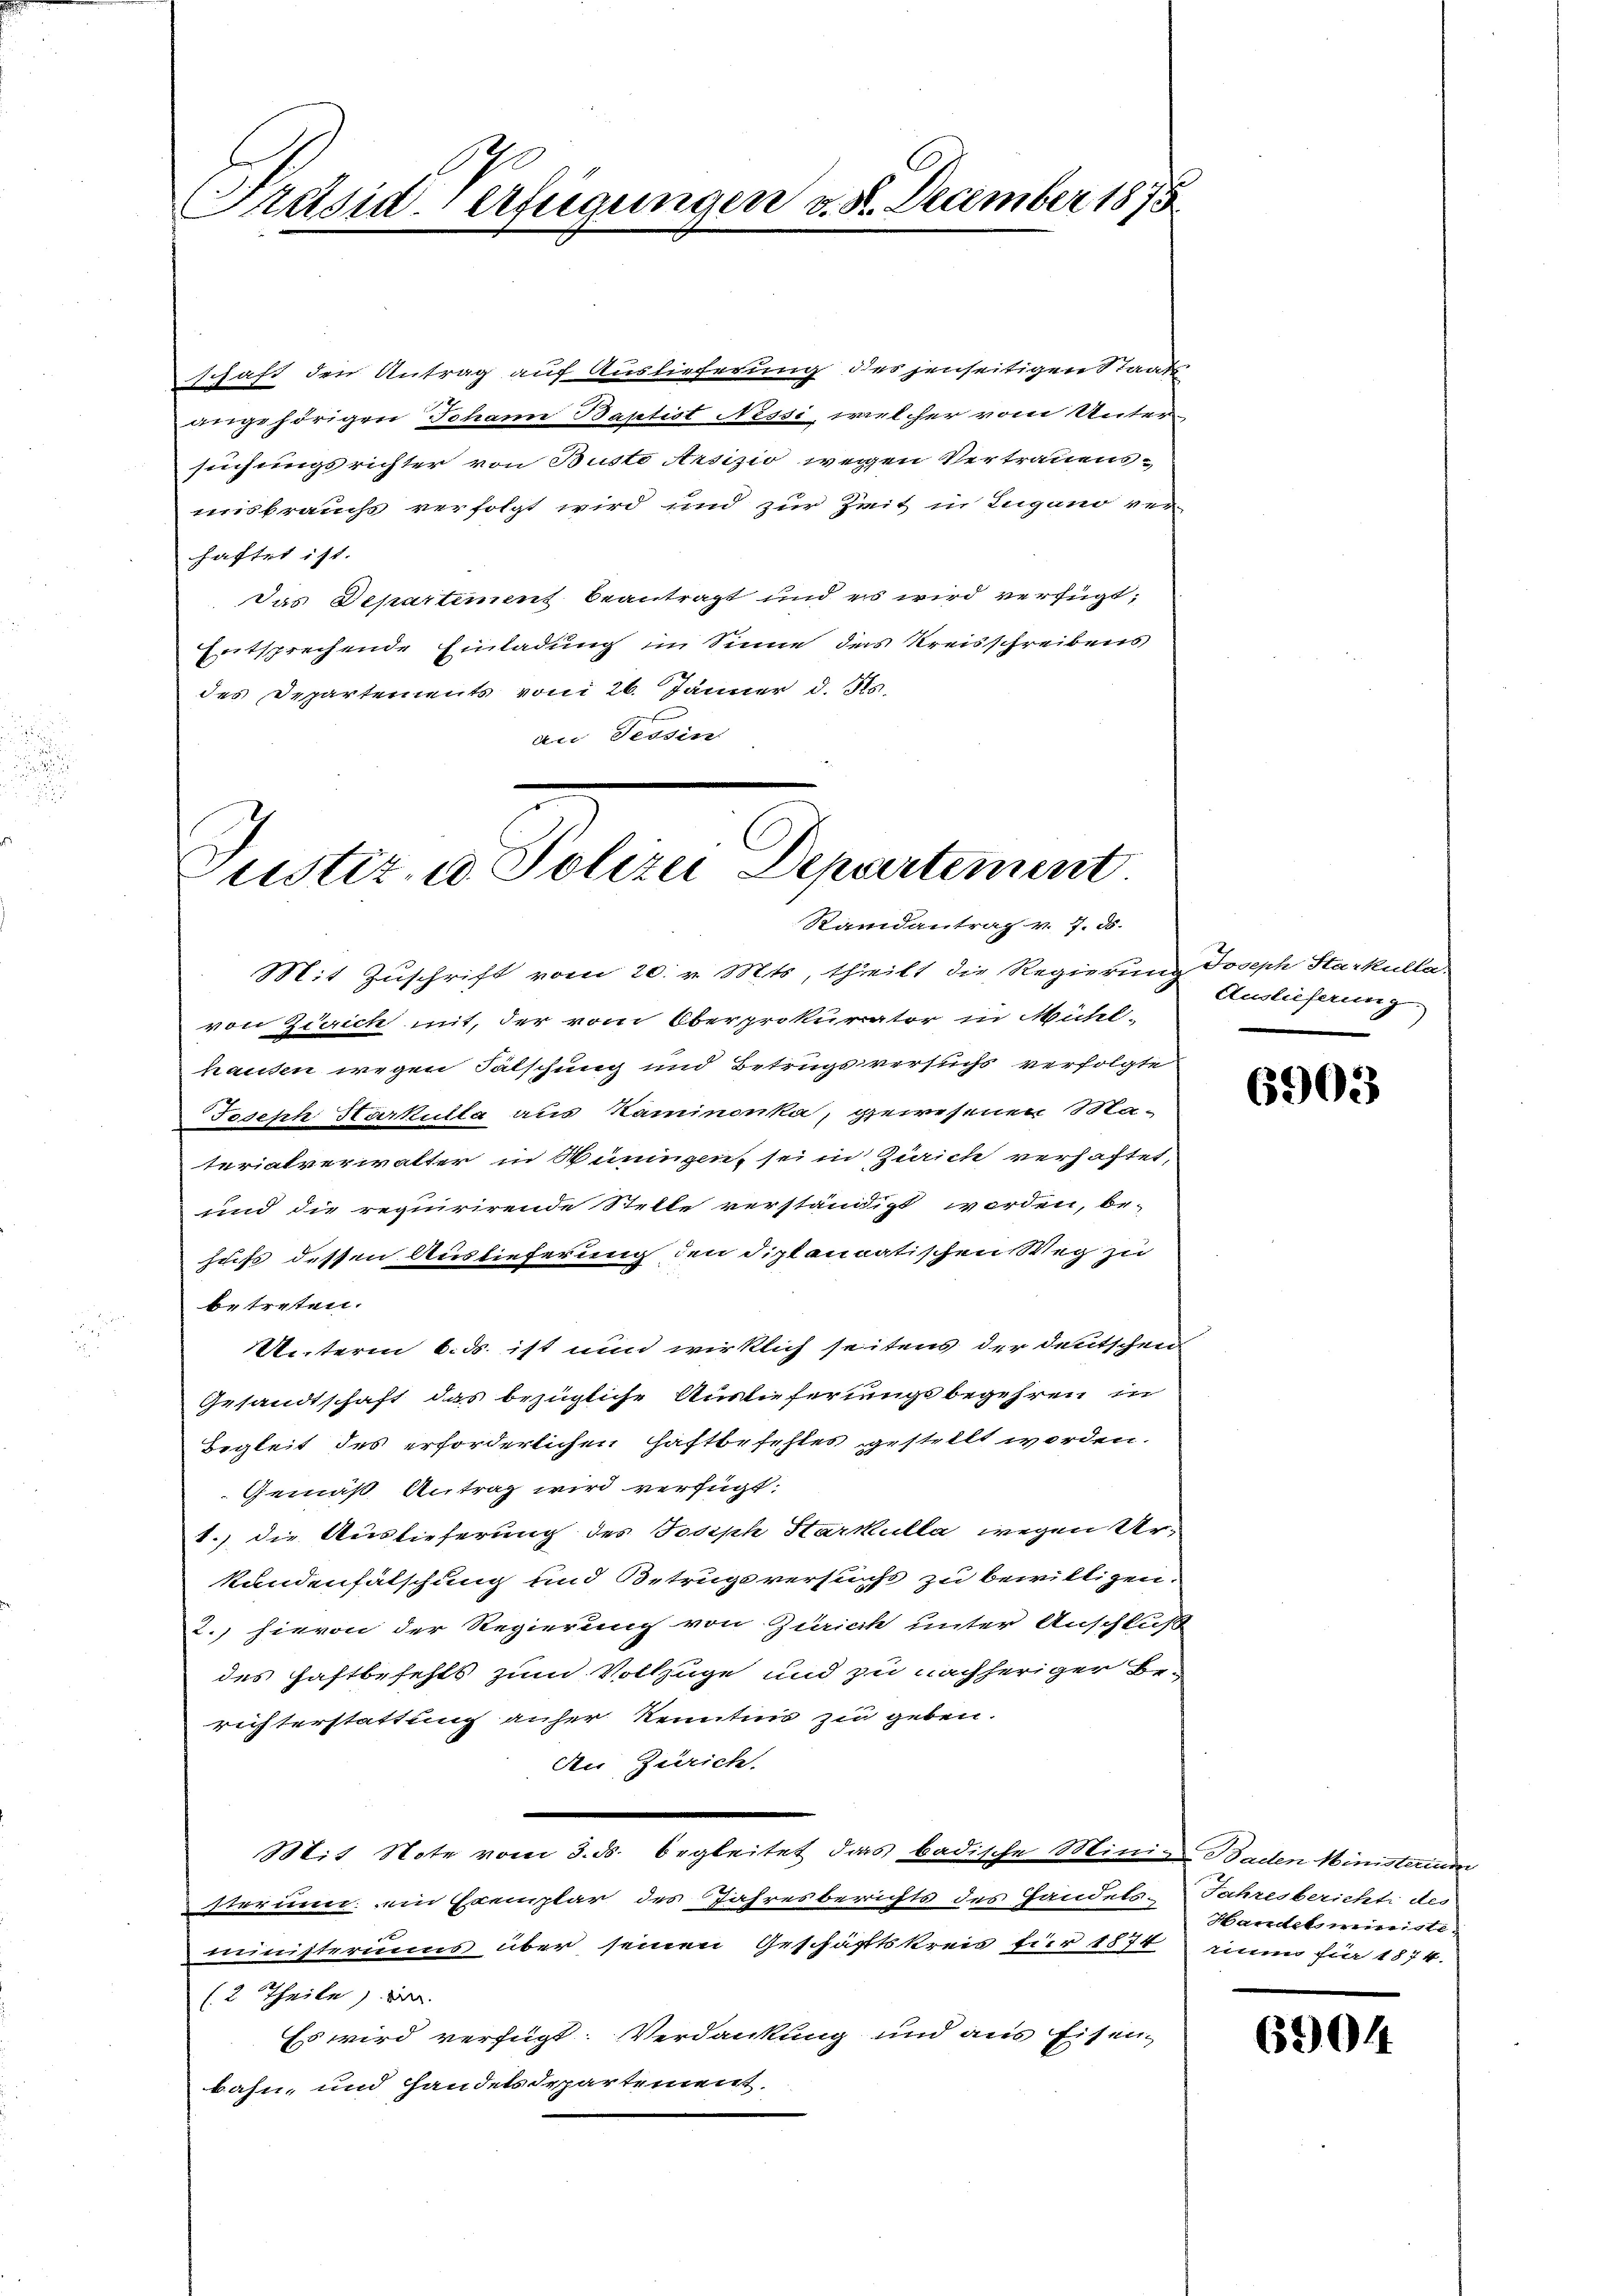
Präsid-Verfügungen v. 8. December 1873

schaft den Antrag auf Auslieferung des jenseitigen Staats
angehörigen Johann Baptist Nessi, welcher vom Unter-
seichungsrichter von Busto Arsizio wegen Vertrauensmisbrauchs verfolgt wird und zur Zeit in Lugano ver-
haftet ist.
Das Departement beantragt und es wird verfügt:
Entsprechende Einladung im Sinne das Kreisschreibens
des Departements vom 26. Jänner d. Js.
an Tessin

ustiz u. Polizei Departement
Randantrag v. 7. ds.

Mit Zuschrift vom 20. v. Mts, theilt die Regierung Joseph Starkulla.
von Zürich mit, der vom Oberprokurator in Mühl-
hausen wegen Fälschung und Betrugsversuchs verfolgte
Joseph Harkulla aus Kaminonka, gewesenen Materialverwalter in Süningen, sei in Zürich verhaftet,
und die requirirende Stelle verständigt werden, be-
huss dessen Auslieferung den diplanmatischen Weg zu
betreten.
Unterm 6. ds. ist nun wirklich seitens der deutschen
Gesandtschaft das bezügliche Auslieferungsbegehren in
Hegleit des erforderlichen Haftbefehles gestellt worden.
Gemäß Antrag wird verfügt:
1.) die Auslieferung des Joseph Starkulla wegen Urkundenfälschung und Betrugsversucht zu bewilligen.
2.) hievon der Regierung von Zürich unter Anschluß
des Haftbefehls zum Vollzüge und zu nachheriger Berichterstattung anher Kenntnis zu geben.
An Zürich.
Mit Note vom 3. ds. begleitet das badische Minige Baden Ministerium
trorier ein Exemplar des Jahresberichts des Handels-
ministerius über seinen Geschäftskreis für 1874
(2 Theile, er
Es wird verfügt: Verdankung und aus Eisen
bahn, und handelsdepartement.

Auslieferung
.

6903

Jahresbericht des
Handel meiste
rium für 1874.

6904